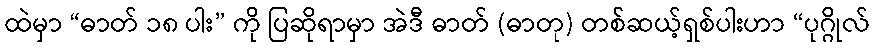
ထဲမှာ “ဓာတ် ၁၈ ပါး” ကို ပြဆိုရာမှာ အဲဒီ ဓာတ် (ဓာတု) တစ်ဆယ့်ရှစ်ပါးဟာ “ပုဂ္ဂိုလ်